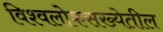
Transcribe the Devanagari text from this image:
विश्वलोकसंख्येतील